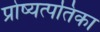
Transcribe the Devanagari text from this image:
प्रोष्यत्पतिका